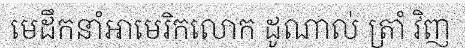
មេដឹកនាំអាមេរិកលោក ដូណាល់ ត្រាំ វិញ